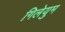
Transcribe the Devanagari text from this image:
गिलेयुम